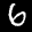
Label: 6